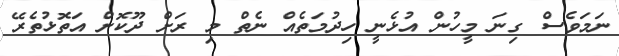
ނަމަވެސް ގިނަ މީހުން އުޅެނީ ހިދުމަތެއް ނެތް މި ރަށް ދޫކޮށް އަތޮޅުތެރޭ